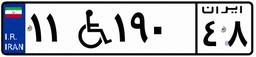
۱۱W۱۹۰۴۸